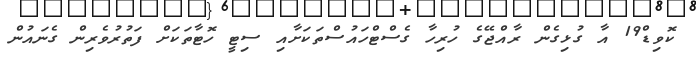
ކޮވިޑް19 އާ ގުޅިގެން ރާއްޖޭގެ ހުރިހާ ގެސްޓްހައުސްތަކަށާއި ސިޓީ ހޮޓާތަކަށް ފަތުރުވެރިން ގެނައުން